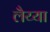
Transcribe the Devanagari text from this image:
लैय्या